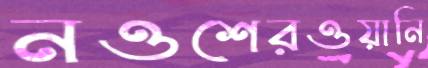
নওশেরওয়ানি